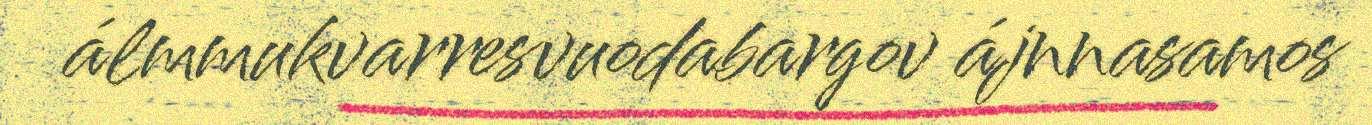
álmmukvarresvuodabargov ájnnasamos